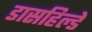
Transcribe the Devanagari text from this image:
डासहिल्डे